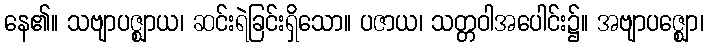
နေ၏။ သဗျာပဇ္ဈာယ၊ ဆင်းရဲခြင်းရှိသော။ ပဇာယ၊ သတ္တဝါအပေါင်း၌။ အဗျာပဇ္ဈော၊